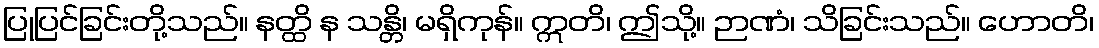
ပြုပြင်ခြင်းတို့သည်။ နတ္ထိ န သန္တိ၊ မရှိကုန်။ ဣတိ၊ ဤသို့။ ဉာဏံ၊ သိခြင်းသည်။ ဟောတိ၊